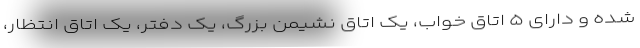
شده و دارای ۵ اتاق خواب، یک اتاق نشیمن بزرگ، یک دفتر، یک اتاق انتظار،